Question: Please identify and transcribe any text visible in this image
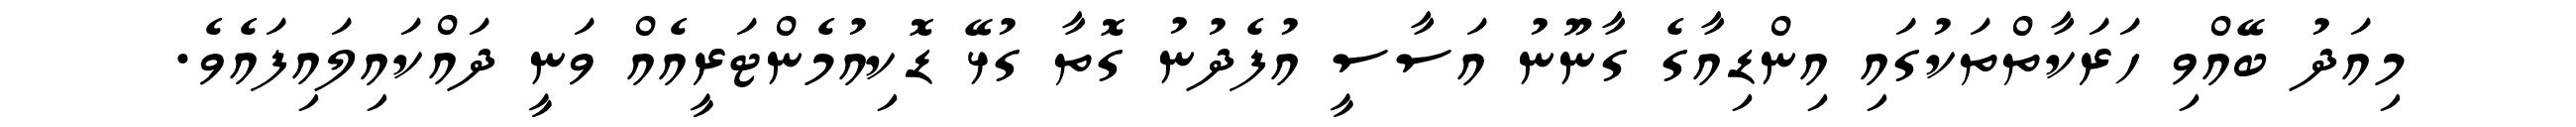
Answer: މިއަދު ބޭއްވި ހަރަކާތްތަކުގައި އިންޑިއާގެ ގާނޫނު އަސާސީ އުފެދުނު ގޮތާ ގުޅޭ ޑޮކިއުމެންޓަރީއެއް ވަނީ ދައްކައިލައިފައެވެ.